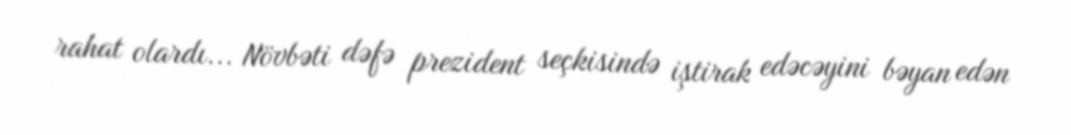
rahat olardı... Növbəti dəfə prezident seçkisində iştirak edəcəyini bəyan edən